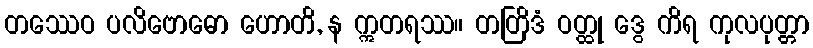
တဿေဝ ပလိဗောဓော ဟောတိ, န ဣတရဿ။ တတြိဒံ ဝတ္ထု ဒွေ ကိရ ကုလပုတ္တာ